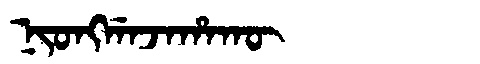
Manchu: ᠨᡳᠣᠩᡤᠠᠵᠠᡥᠠᡴᡡ
Romanization: NIONGGAJAHAKŪ